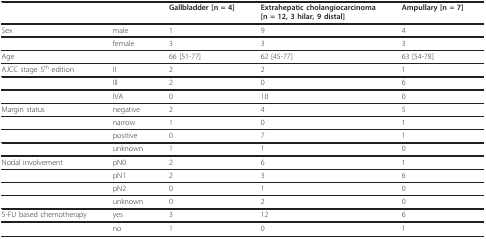
<table><thead><tr><td></td><td></td><td><b>Gallbladder [n = 4]</b></td><td><b>Extrahepatic cholangiocarcinoma [n = 12, 3 hilar, 9 distal]</b></td><td><b>Ampullary [n = 7]</b></td></tr></thead><tbody><tr><td>Sex</td><td>male</td><td>1</td><td>9</td><td>4</td></tr><tr><td></td><td>female</td><td>3</td><td>3</td><td>3</td></tr><tr><td>Age</td><td></td><td>66 [51-77]</td><td>62 [45-77]</td><td>63 [54-78]</td></tr><tr><td>AJCC stage 5<sup>th </sup>edition</td><td>II</td><td>2</td><td>2</td><td>1</td></tr><tr><td></td><td>III</td><td>2</td><td>0</td><td>6</td></tr><tr><td></td><td>IVA</td><td>0</td><td>10</td><td>0</td></tr><tr><td>Margin status</td><td>negative</td><td>2</td><td>4</td><td>5</td></tr><tr><td></td><td>narrow</td><td>1</td><td>0</td><td>1</td></tr><tr><td></td><td>positive</td><td>0</td><td>7</td><td>1</td></tr><tr><td></td><td>unknown</td><td>1</td><td>1</td><td>0</td></tr><tr><td>Nodal involvement</td><td>pN0</td><td>2</td><td>6</td><td>1</td></tr><tr><td></td><td>pN1</td><td>2</td><td>3</td><td>6</td></tr><tr><td></td><td>pN2</td><td>0</td><td>1</td><td>0</td></tr><tr><td></td><td>unknown</td><td>0</td><td>2</td><td>0</td></tr><tr><td>5-FU based chemotherapy</td><td>yes</td><td>3</td><td>12</td><td>6</td></tr><tr><td></td><td>no</td><td>1</td><td>0</td><td>1</td></tr></tbody></table>